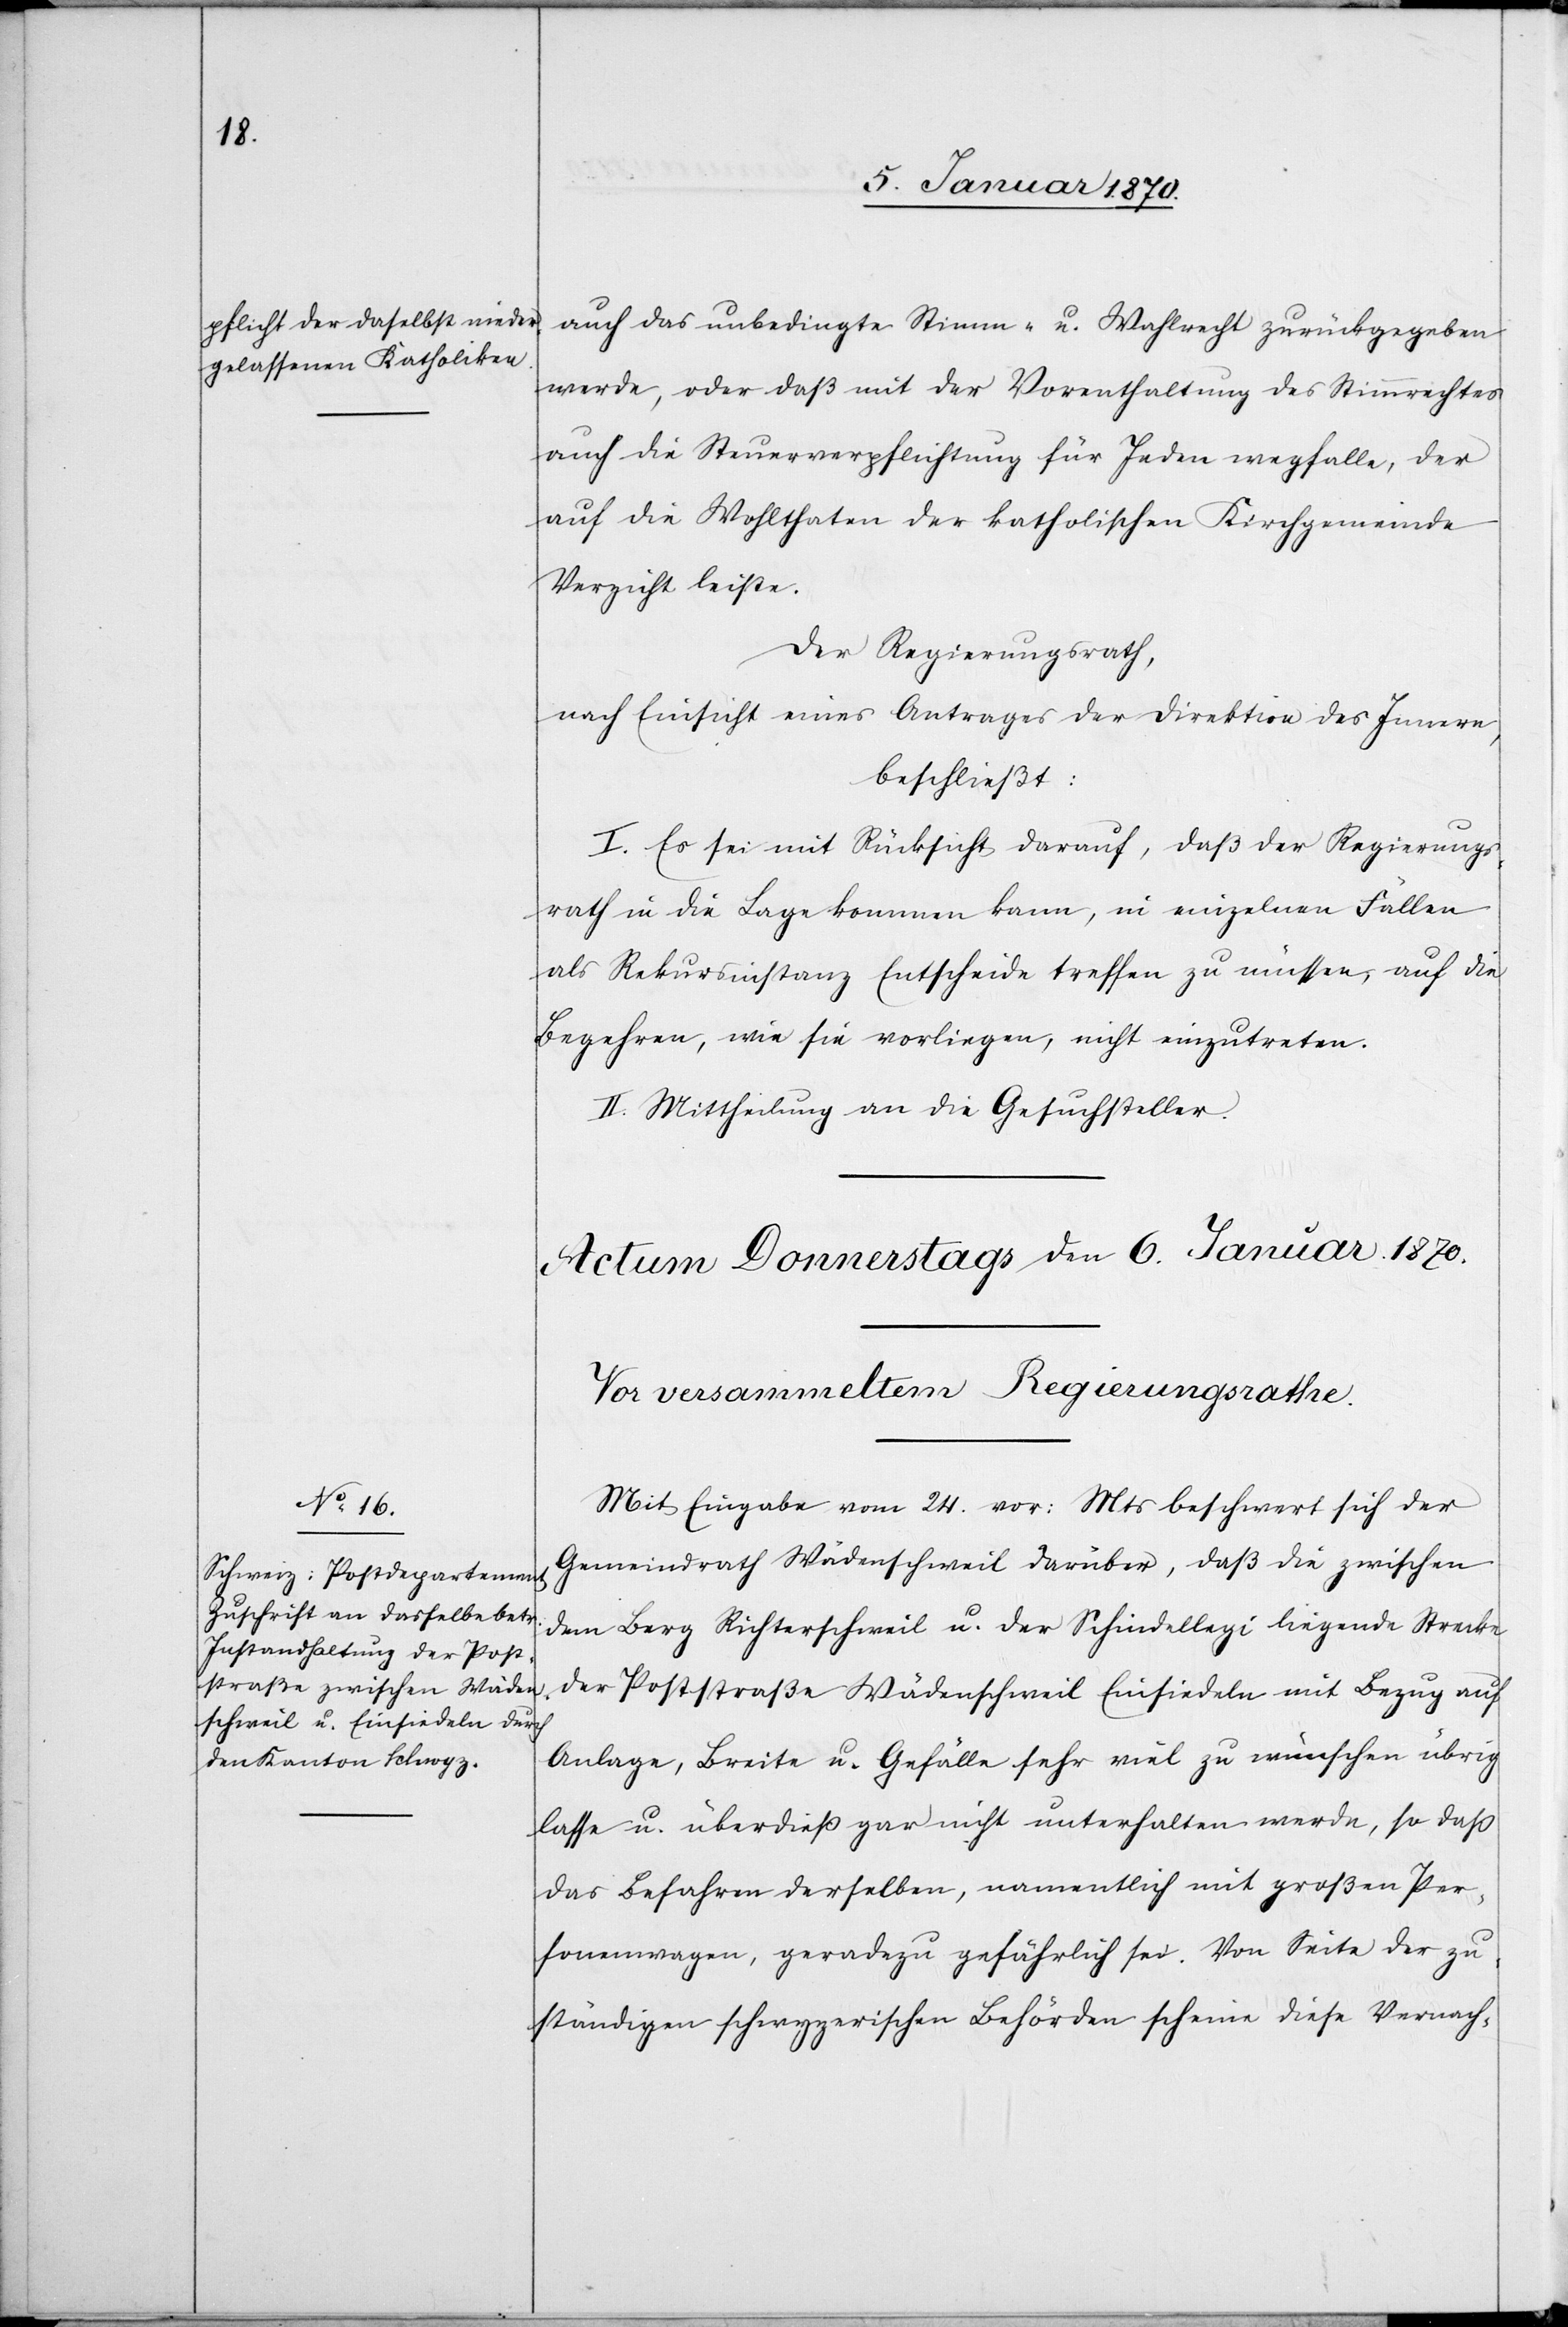
auch das unbedingte Stimm- u. Wahlrecht zurückgegeben
werde, oder daß mit der Vorenthaltung des Stimmrechtes
auch die Steuerverpflichtung für Jeden wegfalle, der
auf die Wohlthaten der katholischen Kirchgemeinde
Verzicht leiste.
Der Regierungsrath,
nach Einsicht eines Antrages der Direktion des Innern,
beschließt:
I. Es sei mit Rücksicht darauf, daß der Regierungs¬
rath in die Lage kommen kann, in einzelnen Fällen
als Rekursinstanz Entscheide treffen zu müssen, auf die
Begehren, wie sie vorliegen, nicht einzutreten.
II. Mitteilung an die Gesuchsteller.
Mit Eingabe vom 24. vor: Mts. beschwert sich der
Gemeindrath Wädenschweil darüber, daß die zwischen
dem Berg Richterschweil u. der Schindellegi liegende Strecke
der Poststraße Wädenschweil Einsiedeln mit Bezug auf
Anlage, Breite u. Gefälle sehr viel zu wünschen übrig
lasse u. überdieß gar nicht unterhalten werde, so daß
das Befahren derselben, namentlich mit großen Per¬
sonenwagen, geradezu gefährlich sei. Von Seite der zu¬
ständigen schwyzerischen Behörden scheine diese Vernach-